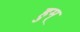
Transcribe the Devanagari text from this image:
हुम्